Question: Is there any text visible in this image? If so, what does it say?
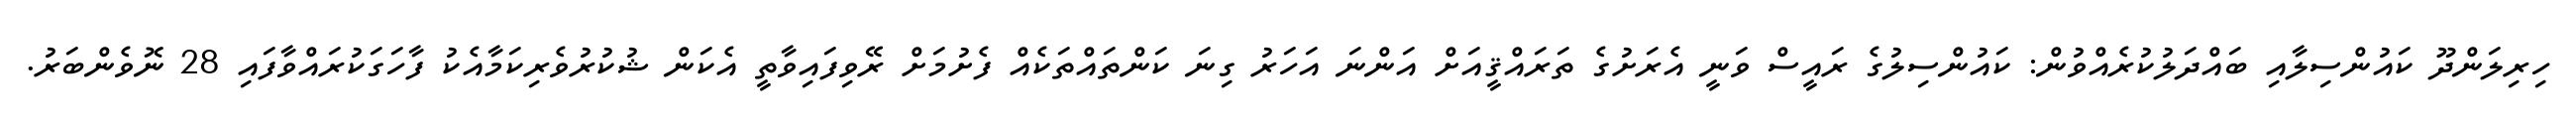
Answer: ހިރިލަންދޫ ކައުންސިލާއި ބައްދަލުކުރެއްވުން: ކައުންސިލުގެ ރައީސް ވަނީ އެރަށުގެ ތަރައްޤީއަށް އަންނަ އަހަރު ގިނަ ކަންތައްތަކެއް ފެށުމަށް ރޭވިފައިވާތީ އެކަން ޝުކުރުވެރިކަމާއެކު ފާހަގަކުރައްވާފައި 28 ނޮވެންބަރު.